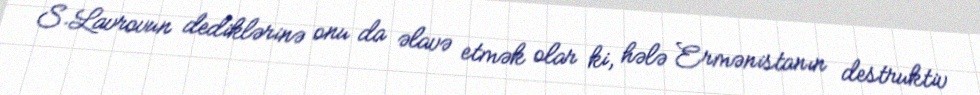
S.Lavrovun dediklərinə onu da əlavə etmək olar ki, hələ Ermənistanın destruktiv